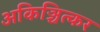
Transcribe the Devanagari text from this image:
अकिञ्चित्कर